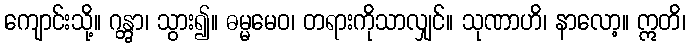
ကျောင်းသို့။ ဂန္တွာ၊ သွား၍။ ဓမ္မမေဝ၊ တရားကိုသာလျှင်။ သုဏာဟိ၊ နာလော့။ ဣတိ၊